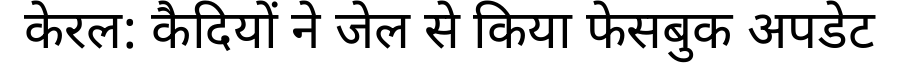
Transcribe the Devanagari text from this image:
केरल: कैदियों ने जेल से किया फेसबुक अपडेट